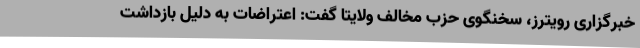
خبرگزاری رویترز، سخنگوی حزب مخالف ولایتا گفت: اعتراضات به دلیل بازداشت